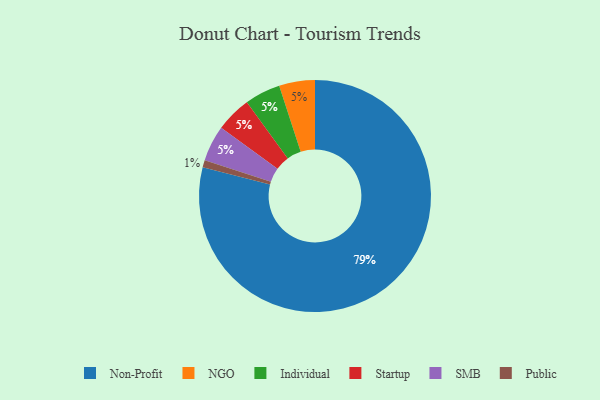
{"axis": {"x": "Category", "y": "Percentage"}, "legend": ["Individual", "NGO", "Non-Profit", "Public", "SMB", "Startup"], "data": [{"x": "Public", "y": 1, "type": "Public"}, {"x": "NGO", "y": 5, "type": "NGO"}, {"x": "Individual", "y": 5, "type": "Individual"}, {"x": "Startup", "y": 5, "type": "Startup"}, {"x": "Non-Profit", "y": 79, "type": "Non-Profit"}, {"x": "SMB", "y": 5, "type": "SMB"}]}